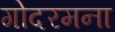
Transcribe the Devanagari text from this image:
गोदरमना